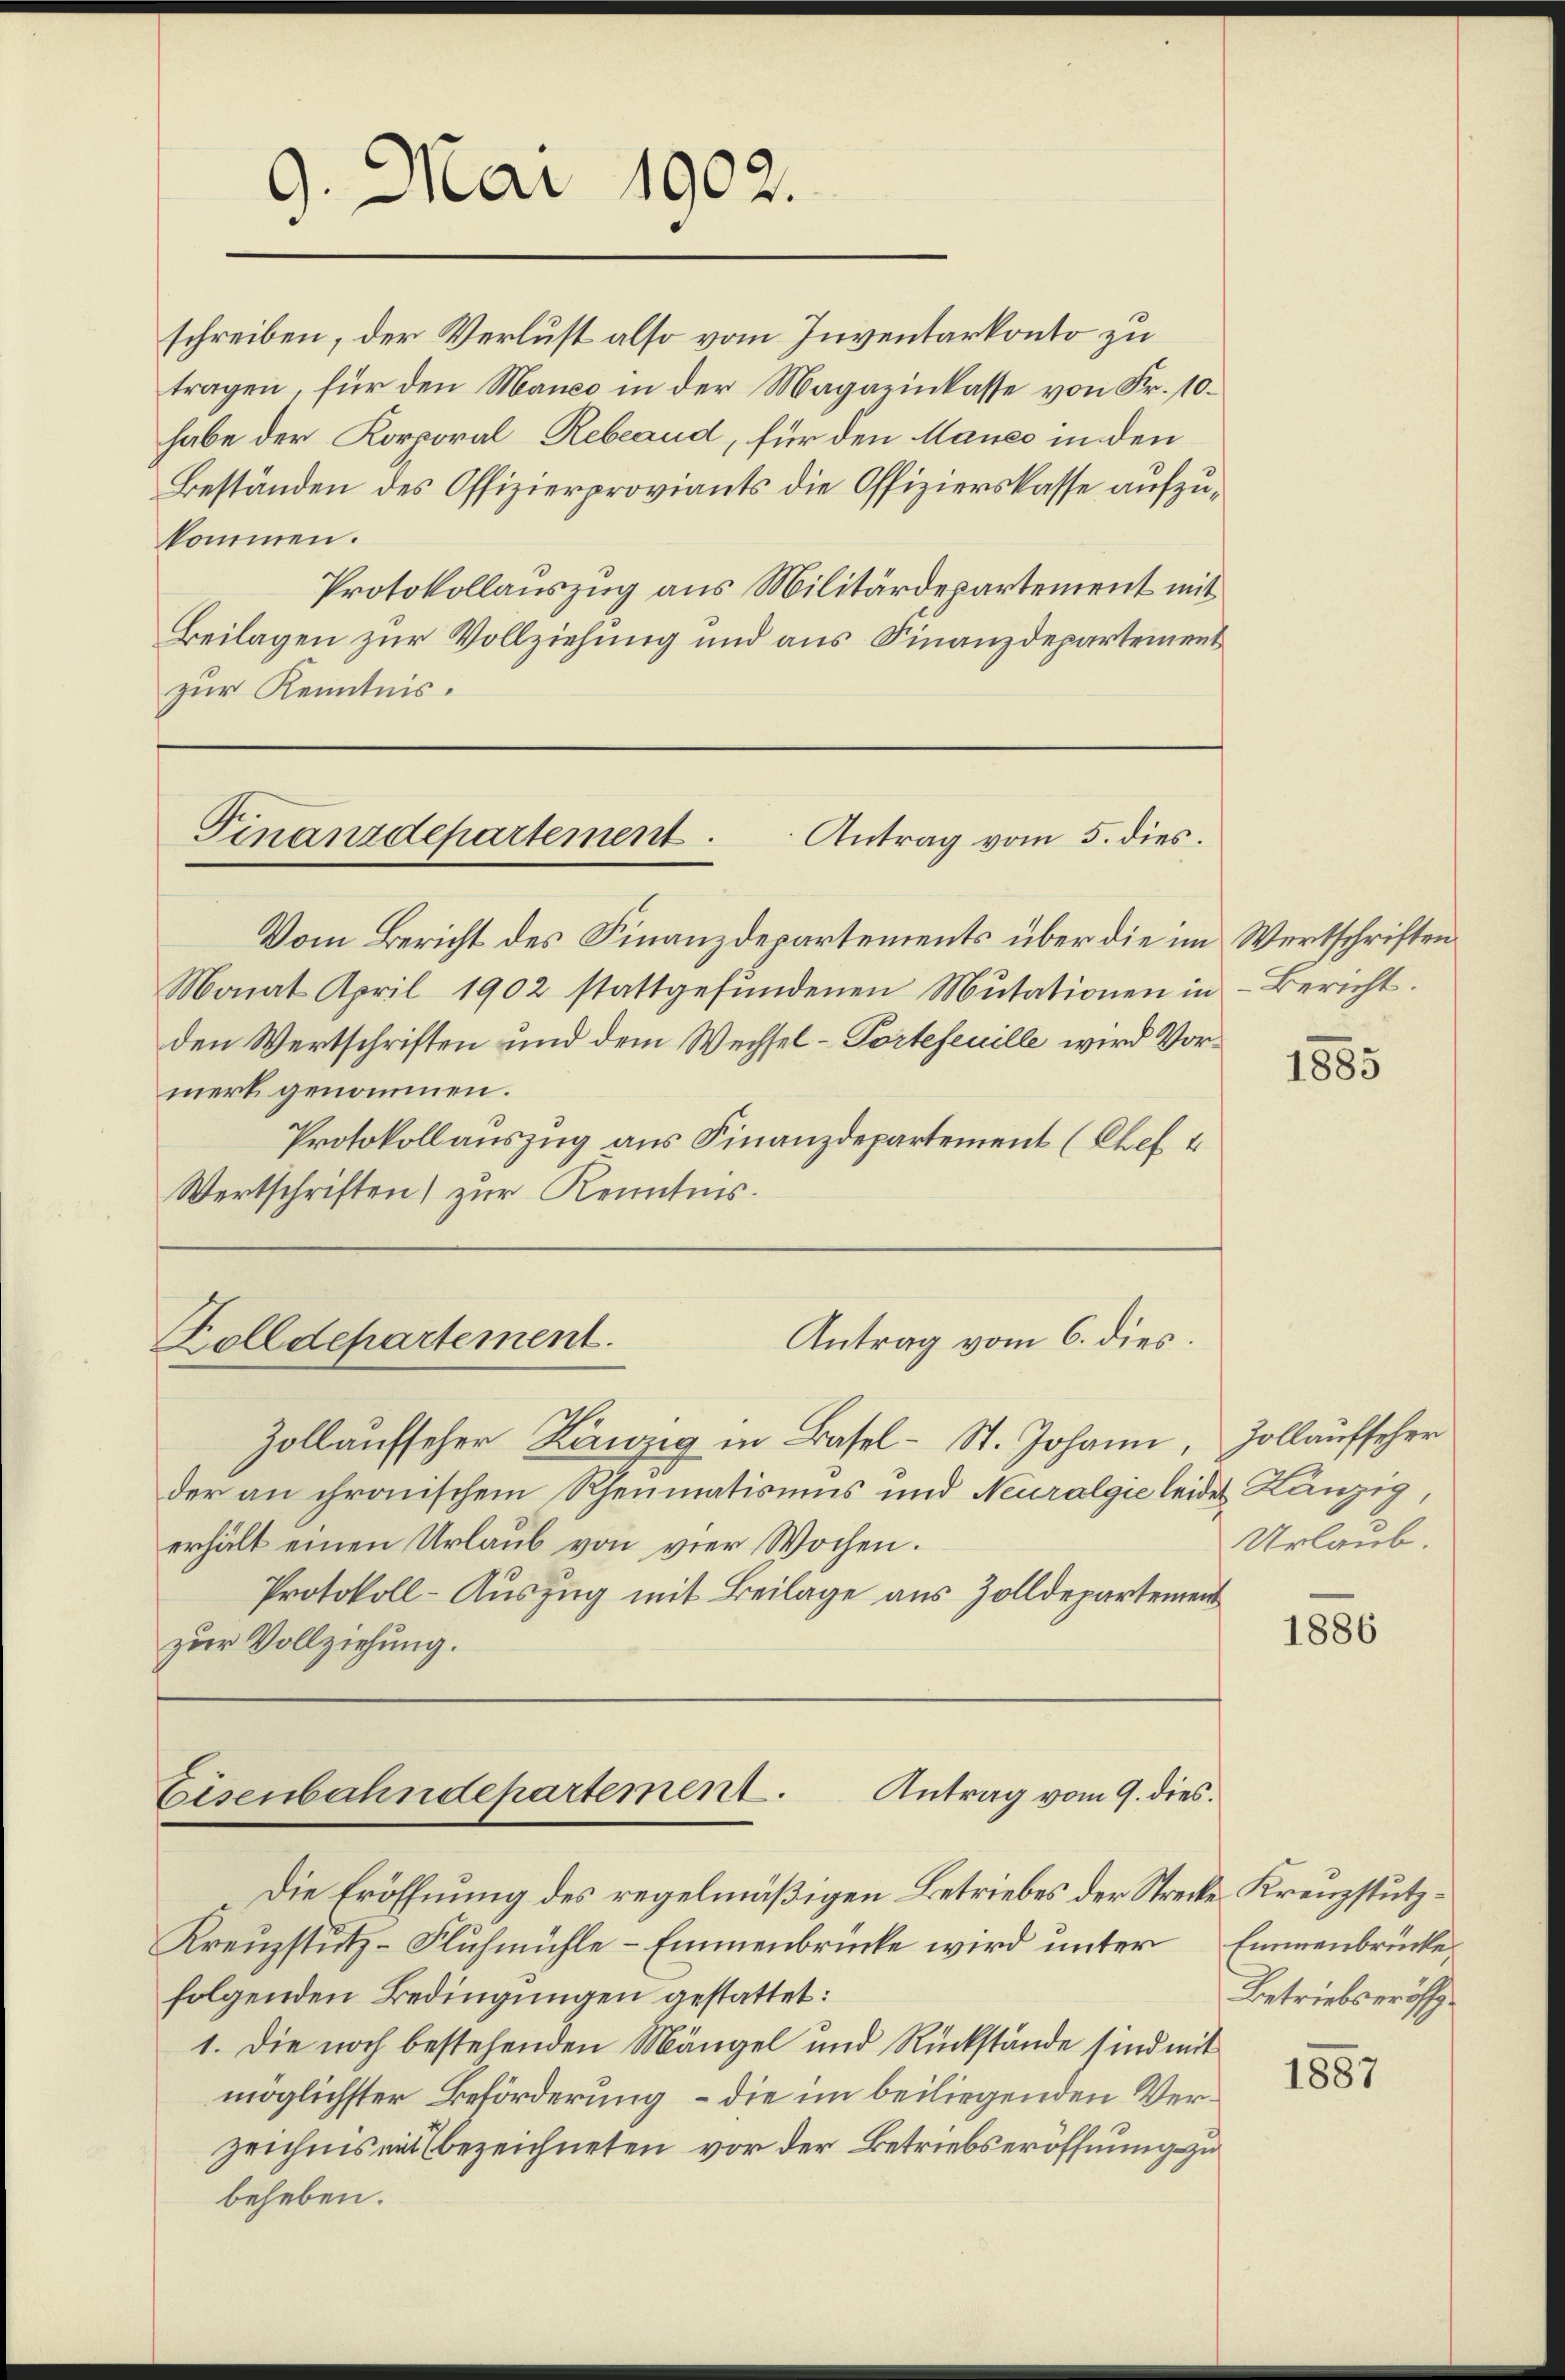
9. Mai 1902.

kommen.
zur Kenntnis.

schreiben, der Verlust also vom Inventarkonto zu
tragen, für den Manco in der Magazinkasse von Fr. 10.
habe der Korporal Rebeaud, für den Mauer in den
Beständen des Offizierproviants die Offizierskasse aufzu¬
Protokollauszug aus Militärdepartement mit
Beilagen zur Vollziehung und aus Finanzdepartement

Finanzdepartement.
Antrag vom 5. dies.

Vom Bericht des Finanzdepartements über die im Wertschriften
Monat April 1902 stattgefŭndenen Mutationen in Bericht.
den Wertschriften und dem Wechsel-Portefeuille wird Vormerk genommen.
Protokollauszug aus Finanzdepartement (Chef
Wertschriften) zur Kenntnis.

Antrag vom 6. dies.
Zolldepartement.

Zollaufseher Kanzig in Basel-St. Johann, Zollaufseher
der an chronischem Rheumatismus und Neuralgie leides Kanzig,
erhält einen Urlaub von vier Wochen.
Protokoll-Auszug mit Beilage aus Zolldepartement
zur Vollziehung.

Antrag vom 9. dies
Eisenbahndepartement.

Die Eröffnung des regelmäßigen Betriebes der Strecke Kreuzstütz¬
Kreuzstutz-Fluhmühle-Emmenbrücke wird unter Emmenbrücke
folgenden Bedingungen gestattet:
1. Die noch bestehenden Mängel und Rückstände sind mit
möglichster Beförderung, – die im beiliegenden Verzeichnis ein bezeichneten vor der Betriebseröffnung zu
beheben.

1885

Urlaub.

1886

Betriebseröff

1887